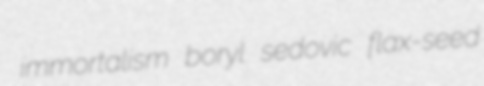
immortalism boryl sedovic flax-seed